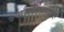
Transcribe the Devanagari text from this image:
कंसशंकाविषादकृत्‌।